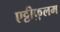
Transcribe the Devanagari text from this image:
एट्टीकुलम